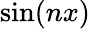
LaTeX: \sin(nx)